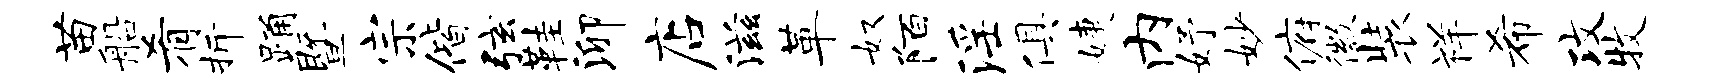
苗船肴折踊暨宗偕弦鞋泖店滋革奴陌淫俱婕内妤妙俯徽装祥希攻牧